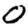
Digit: 0